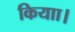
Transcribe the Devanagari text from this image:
कियाा।